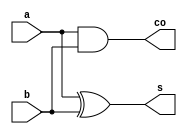
module ha(
    input a,b,
    output s,co
    );
assign s= a^b;
  assign co=a&b;
endmodule